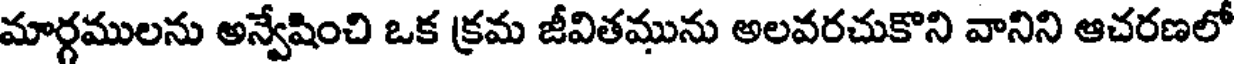
మార్గములను అన్వేషించి ఒక క్రమ జీవితమును అలవరచుకొని వానిని ఆచరణలో